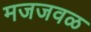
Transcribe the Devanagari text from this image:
मजजवळ